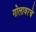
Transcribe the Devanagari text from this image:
गोलावरचे